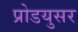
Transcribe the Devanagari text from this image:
प्रोडयुसर